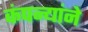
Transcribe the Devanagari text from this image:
कंपन्यांने